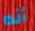
أنه